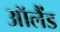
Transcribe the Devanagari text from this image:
ऑलैंड